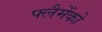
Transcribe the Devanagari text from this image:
फ्लैमेंको